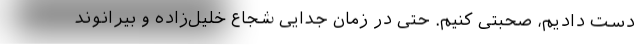
دست دادیم، صحبتی کنیم. حتی در زمان جدایی شجاع خلیل‌زاده و بیرانوند